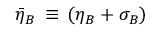
{ \bar { \eta } } _ { B } \, \equiv \, ( \eta _ { B } + \sigma _ { B } )